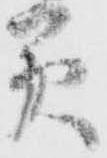
美